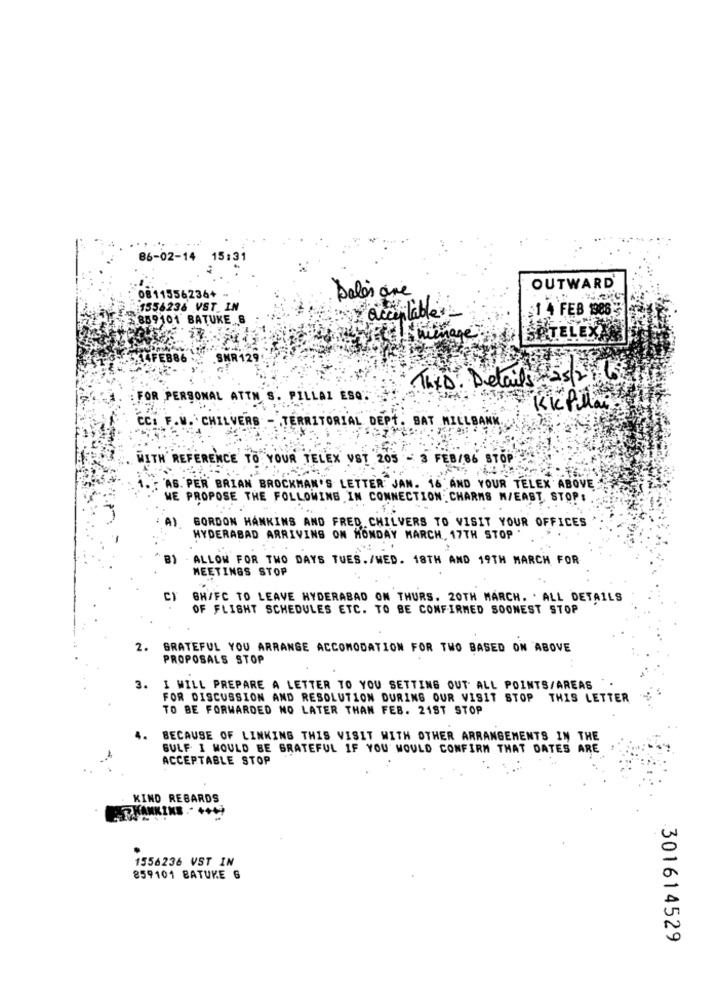
86-02-14 15:31
0811556236+
OUTWARD
Sales are
1556236 VST IN
bler
$1 4 FEB 1986
859101 BATUKE 8
accept
SOTELE
TheD. Details+3/+15
FOR PERSONAL ATTN S. PILLAI ESQ""
KkPillan
CC. F. W. CHILVERS
-TERRITORIAL DEPT. BAT MILLEA
WITH REFERENCE TO YOUR TELEX VST 205 - 3 FEB/86 STOP
"AS. PER BRIAN BROCKMAN'S LETTER JAN. 16'AND YOUR TELEX ABOVE
WE PROPOSE THE FOLLOWING IN CONNECTION CHARMS M/EAST STOP:
) GORDON HANKINS AND FRED CHILVERS TO VISIT YOUR OFFICES
HYDERABAD ARRIVING ON MONDAY MARCH, 17TH STOP '
ALLOW FOR TWO DAYS TUES./WED. 18TH AND 19TH MARCH FOR
MEETINGS STOP
C) GH/FC TO LEAVE HYDERABAD ON THURS. 20TH MARCH. . ALL DETAILS
OF FLIGHT SCHEDULES ETC. TO BE CONFIRMED SOONEST STOP
2. GRATEFUL YOU ARRANGE ACCOMODATION FOR TWO BASED ON ABOVE
PROPOSALS STOP
3. I WILL PREPARE A LETTER TO YOU SETTING OUT ALL POINTS/AREAS
FOR DISCUSSION AND RESOLUTION DURING OUR VISIT STOP THIS LETTER
TO BE FORWARDED NO LATER THAN FEB. 218T STOP
BECAUSE OF LINKING THIS VISIT WITH OTHER ARRANGEMENTS IN THE
GULF I WOULD BE GRATEFUL IF YOU WOULD CONFIRM THAT DATES ARE
ACCEPTABLE STOP
KIND REGARDS
KANKIKS .- ++49
1556236 VST IN
859101 BATUKE 6
301614529